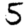
Digit: 5